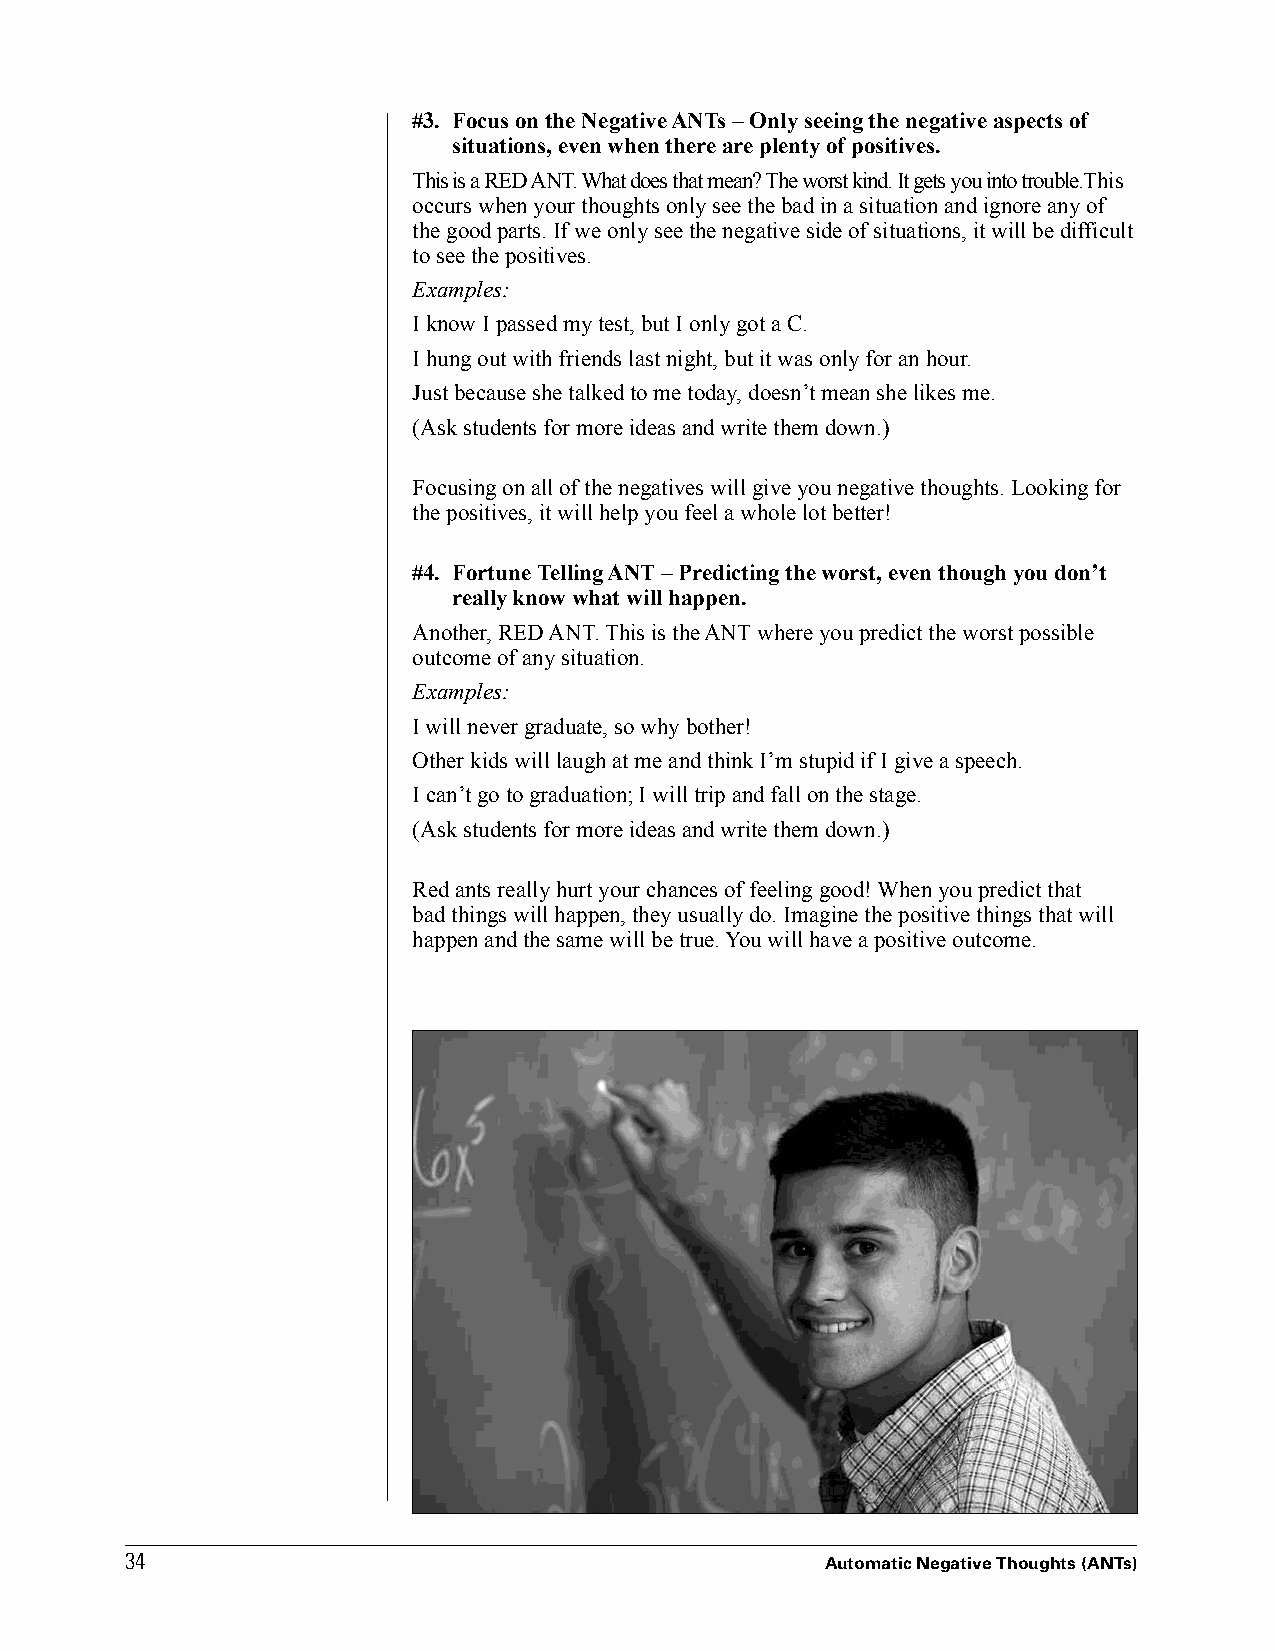
#3 . Focus on the Negative ANTs – Only seeing the negative aspects of
 situations, even when there are plenty of positives .
 This is a RED ANT. What does that mean? The worst kind. It gets you into trouble.This
 occurs when your thoughts only see the bad in a situation and ignore any of
 the good parts. If we only see the negative side of situations, it will be difficult
 to see the positives.
 Examples:
 I know I passed my test, but I only got a C.
 I hung out with friends last night, but it was only for an hour.
 Just because she talked to me today, doesn’t mean she likes me.
 (Ask students for more ideas and write them down.)
 Focusing on all of the negatives will give you negative thoughts. Looking for
 the positives, it will help you feel a whole lot better!
 #4 . Fortune Telling ANT – Predicting the worst, even though you don’t
 really know what will happen .
 Another, RED ANT. This is the ANT where you predict the worst possible
 outcome of any situation.
 Examples:
 I will never graduate, so why bother!
 Other kids will laugh at me and think I’m stupid if I give a speech.
 I can’t go to graduation; I will trip and fall on the stage.
 (Ask students for more ideas and write them down.)
 Red ants really hurt your chances of feeling good! When you predict that
 bad things will happen, they usually do. Imagine the positive things that will
 happen and the same will be true. You will have a positive outcome.
 3344
 Automatic Negative Thoughts (ANTs)